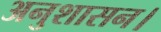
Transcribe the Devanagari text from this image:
अनुशासन।